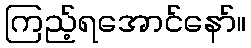
ကြည့်ရအောင်နော်။